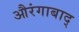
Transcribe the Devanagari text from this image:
औरंगाबाद्